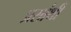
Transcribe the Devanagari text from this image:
प्रसांथी